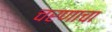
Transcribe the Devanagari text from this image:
चरणाचा